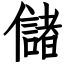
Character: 儲